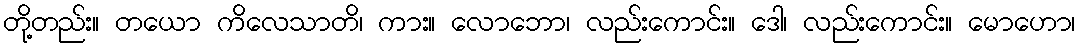
တို့တည်း။ တယော ကိလေသာတိ၊ ကား။ လောဘော၊ လည်းကောင်း။ ဒေါ၊ လည်းကောင်း။ မောဟော၊